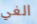
الغي